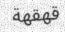
قھقھة